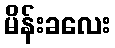
မိန်းခလေး